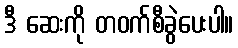
ဒီ ဆေးကို တဝက်စီခွဲပေးပါ။